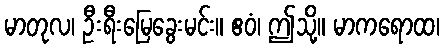
မာတုလ၊ ဦးရီးမြေခွေးမင်း။ ဧဝံ၊ ဤသို့။ မာကရောထ၊